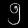
Digit: ၅